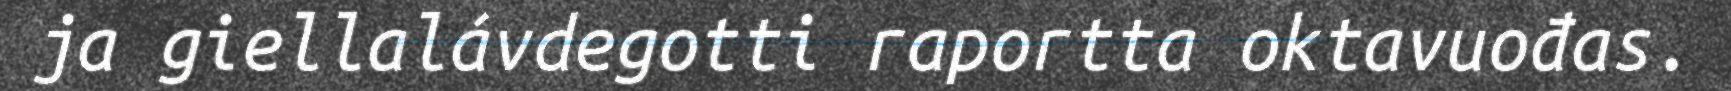
ja giellalávdegotti raportta oktavuođas.